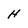
Character: H